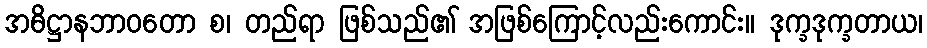
အဓိဋ္ဌာနဘာဝတော စ၊ တည်ရာ ဖြစ်သည်၏ အဖြစ်ကြောင့်လည်းကောင်း။ ဒုက္ခဒုက္ခတာယ၊